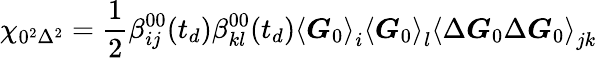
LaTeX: \chi_{0^{2}\Delta^{2}}=\frac{1}{2}\beta_{ij}^{00}(t_{d})\beta_{kl}^{00}(t_{d})\left\langle\boldsymbol{G}_{0}\right\rangle_{i}\left\langle\boldsymbol{G}_{0}\right\rangle_{l}\left\langle\Delta\boldsymbol{G}_{0}\Delta\boldsymbol{G}_{0}\right\rangle_{jk}